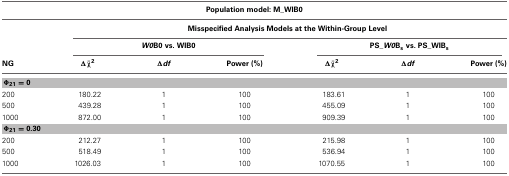
| <COLSPAN=7> Population model: M_WIB0 |
 |  | <COLSPAN=6> Misspecified Analysis Models at the Within-Group Level |
 |  | <COLSPAN=3> W0B0 vs. WIB0 | <COLSPAN=3> PS_W0Bs vs. PS_WIBs |
 | NG | Δ<overline>χ</overline>2 | Δdf | Power (%) | Δ<overline>χ</overline>2 | Δdf | Power (%) |
 | --- | --- | --- | --- | --- | --- | --- |
 | <COLSPAN=7> Φ21 = 0 |
 | 200 | 180.22 | 1 | 100 | 183.61 | 1 | 100 |
 | 500 | 439.28 | 1 | 100 | 455.09 | 1 | 100 |
 | 1000 | 872.00 | 1 | 100 | 909.39 | 1 | 100 |
 | <COLSPAN=7> Φ21 = 0.30 |
 | 200 | 212.27 | 1 | 100 | 215.98 | 1 | 100 |
 | 500 | 518.49 | 1 | 100 | 536.94 | 1 | 100 |
 | 1000 | 1026.03 | 1 | 100 | 1070.55 | 1 | 100 |